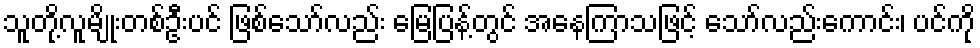
သူတို့လူမျိုးတစ်ဦးပင် ဖြစ်သော်လည်း မြေပြန့်တွင် အနေကြာသဖြင့် သော်လည်းကောင်း၊ ပင်ကို